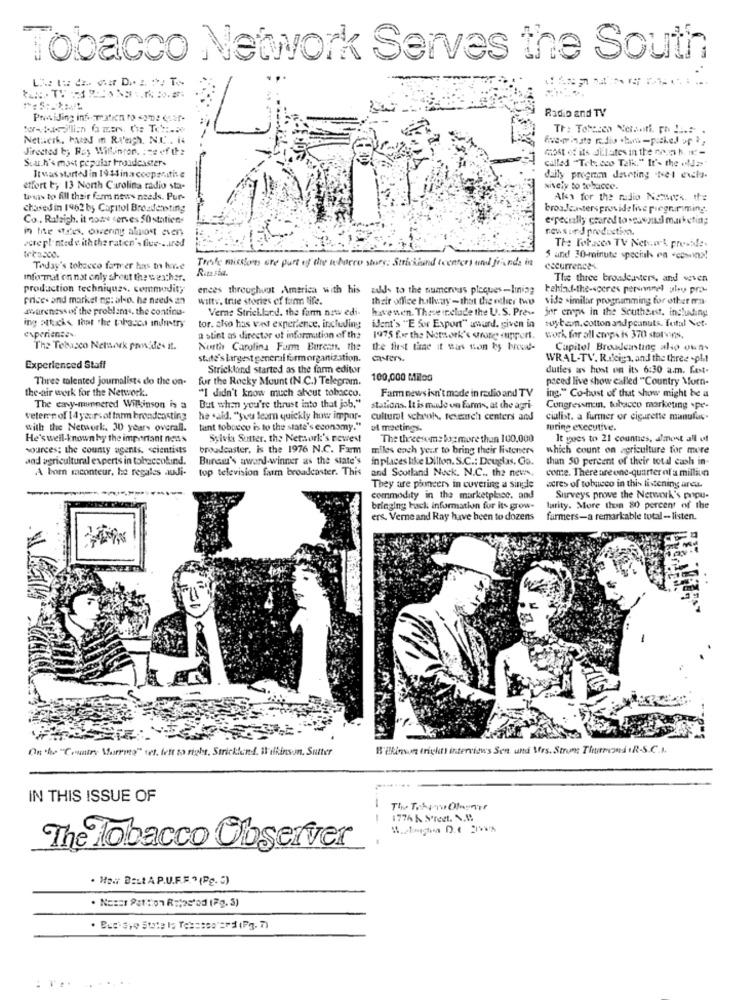
Tobacco Network Serves the South
Radio and TV
Netacık. Han m RIach, N.C. i.
five-minste radio .but-picked up *,
Jirected b; Rey Wilkinson. : es of the
Most itA Dilates in the :h. it-
Sua.h's most popular broadcasters
Called "Tet: cco Talk." It's the wild>>
Itwas started in 1914ina coopmitine
daily progno devoting 1set evts.
effort to 13 North Carolina radio sta-
sively to tehacee.
tivwas to fill their farm news needs. Pur-
Als for the radio Naess. de
chased in 1962 by Capitol Broadcasting
brosJcasters providelive piegnriming
Co .. Rafzich. it none serves SOstatien-
especially ctared to seuszaci marketin;
in the stres, owering almost every
news ur d productint.
vorepl-ntedwiththe ration'sfue-sured
The Foracen TV Network, preside.
Toole misstors are part of dis ahorro stars: Strakaund (centers and friends in
5 and 30-minute speciak ra -comein»!
Today's tobacco farmer has br horse
Ruta sia.
cecurrences
information not only about the weather.
The three broadcasters, and seven
production techniques, commodity
ences throughunt America with his adds to the numerous plaques-lining
behind-the-scenes peruwnel uhey pro-
price- and market ng: al-o. he needs an
wilty. true stories of fun Site.
their office hulhay- that the other two
vide similar programming for other ma-
awareness of the problems, the conting-
Verne Strickland. the farm new edi-
havewen. These include the U.S. Pre -.
jor empe in the Southeast, including
tuyter. cotton andpeanuts. Total Net.
ing attacks that the tabacca industry
tor. also has vast experience, including
ident's "E Sor Export" award. given in
experience
a stint as director of information of the
1975 for the Network's wrote support. work for all empais 370 stotwins.
The Tebusco Network provides it.
North Carolina Farm Buress. the
the first time it was ton ky brood-
Capitol Broadcasting also owns
state's Largest general formorganization.
casters.
WRAL-TV. Rileiga, and the three -phi
Experienced Staff
Strickland started as the farm editor
duties as host on its 6:30 a.m. fest-
Three talented journalists do the on-
fur the Rocky Mount (N.C.) Telegram.
100,000 Milog
paced live show called "Country Morn-
the-air work for the Network.
"I didn't know much about tobacco.
But when you're thrust into that job."
Farm news isn't made in radio and TV
ing." Co-host of that show might be a
The easy-mannered Wilkinson is a
stations. It is made on farms, at the agri-
Congressman, tobacco marketing .pe-
veterre of 14 yearsof farm broadcasting
he said, "you team quickly how impor-
cultural school, fesearch centers and
cialist. a furmer or cigarette munuluc.
with the Network. 30 years overall.
tant tobacco is to the state's economy."
ul meetings.
turing executive.
He's well-known hy the important nens
Syivix Sutter. the Network's newest
The threesom: bog more than 100.000
It yues to 21 counties, almost all of
sources: the county agents, scientists
broadcaster, is the 1976 N.C. Farm miles each ye
miles each year to bring their listeners
which count on agriculture for mere
and agricultural experts in tobaccokind.
Bureau's award winner as the state's
inplaces like Dillon. S.C .: Douglas. Co.
than 50 percent of their total cash in-
A bom raconteur, he regales audi-
top television farm broadcaster. This and Scotland Nock. N.C ., the news.
come. There are one-quarter of a milliun
They are pioneers in covering a single
acres of tobacco in this listening area.
commodity in the marketplace. and
Surveys prove the Network's popu-
bringing back information for its grow-
larity. More thon 80 percent of the
ers. Verne and Ray have been to dozens
farmers-a remarkable total - listen.
On the "Country Married" set, left to right, Strickland, Il ifkinson, Sutter
B'ilinn tricht interviews Sen. und Sfrs. Strom Thurmond .R.S.C.I.
IN THIS ISSUE OF
---
1776 k Street. N.M.
The Tobacco Observer
· Ha .: B:Lt A P.U.F.F." (Pg. )
· Bug'sye State la Tesssos == d (Pg. 7)